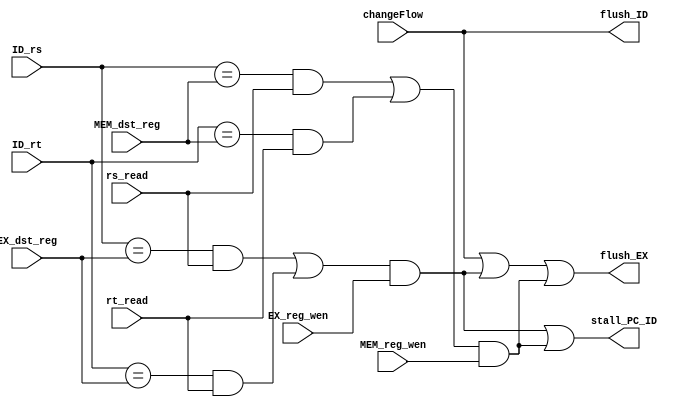
module hazard_detect(
    input changeFlow, //control hazard, need to flush IF_ID and ID_EX
    input [4:0] ID_rs, ID_rt,
    input rs_read, rt_read,
    input [4:0] EX_dst_reg, MEM_dst_reg,
    input EX_reg_wen, MEM_reg_wen,
    output flush_ID, flush_EX,   //flush ID and EX when changing flow. flush EX, stall PC and ID when data hazard
    output stall_PC_ID
);

wire ex_dep, mem_dep;
assign ex_dep = (((ID_rs == EX_dst_reg) && rs_read) ||
                ((ID_rt == EX_dst_reg) && rt_read)) && EX_reg_wen;
assign mem_dep = (((ID_rs == MEM_dst_reg) && rs_read) ||
                ((ID_rt == MEM_dst_reg) && rt_read)) && MEM_reg_wen;

assign flush_ID = changeFlow;        //flush both IF_ID and ID_EX when there is jump or branch mis-prediction
assign flush_EX = changeFlow || ex_dep || mem_dep;
assign stall_PC_ID = ex_dep || mem_dep;   //stall PC and IF_ID, flush ID_EX when there is RAW data dependence
endmodule